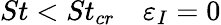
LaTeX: St<St_{cr}\quad\varepsilon_{I}=0